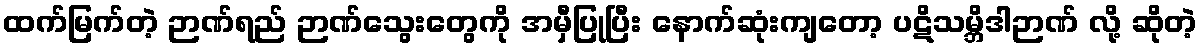
ထက်မြက်တဲ့ ဉာဏ်ရည် ဉာဏ်သွေးတွေကို အမှီပြုပြီး နောက်ဆုံးကျတော့ ပဋိသမ္ဘိဒါဉာဏ် လို့ ဆိုတဲ့